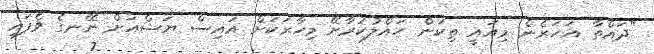
"ދައްތާ އަހަރެން މިއައީ ތިކަން ހައްލުކުރާށޭ މިހާރަކަށް އައިސް ޔަޝްއަށް ނޭނގެ ވެފައި